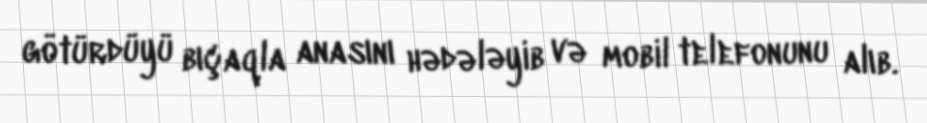
götürdüyü bıçaqla anasını hədələyib və mobil telefonunu alıb.